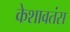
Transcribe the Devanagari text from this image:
केशावतंस